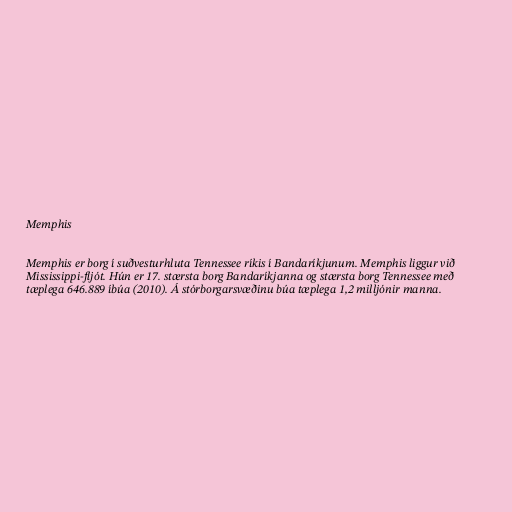
Memphis

Memphis er borg í suðvesturhluta Tennessee ríkis í Bandaríkjunum. Memphis liggur við
Mississippi-fljót. Hún er 17. stærsta borg Bandaríkjanna og stærsta borg Tennessee með
tæplega 646.889 íbúa (2010). Á stórborgarsvæðinu búa tæplega 1,2 milljónir manna.